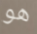
هو